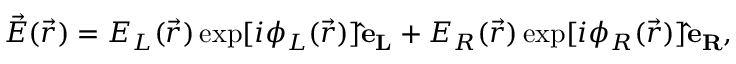
\begin{array} { r } { \Vec { E } ( \Vec { r } ) = E _ { L } ( \Vec { r } ) \exp [ i \phi _ { L } ( \Vec { r } ) ] { \bf \hat { e } _ { L } } + E _ { R } ( \Vec { r } ) \exp [ i \phi _ { R } ( \Vec { r } ) ] { \bf \hat { e } _ { R } } , } \end{array}